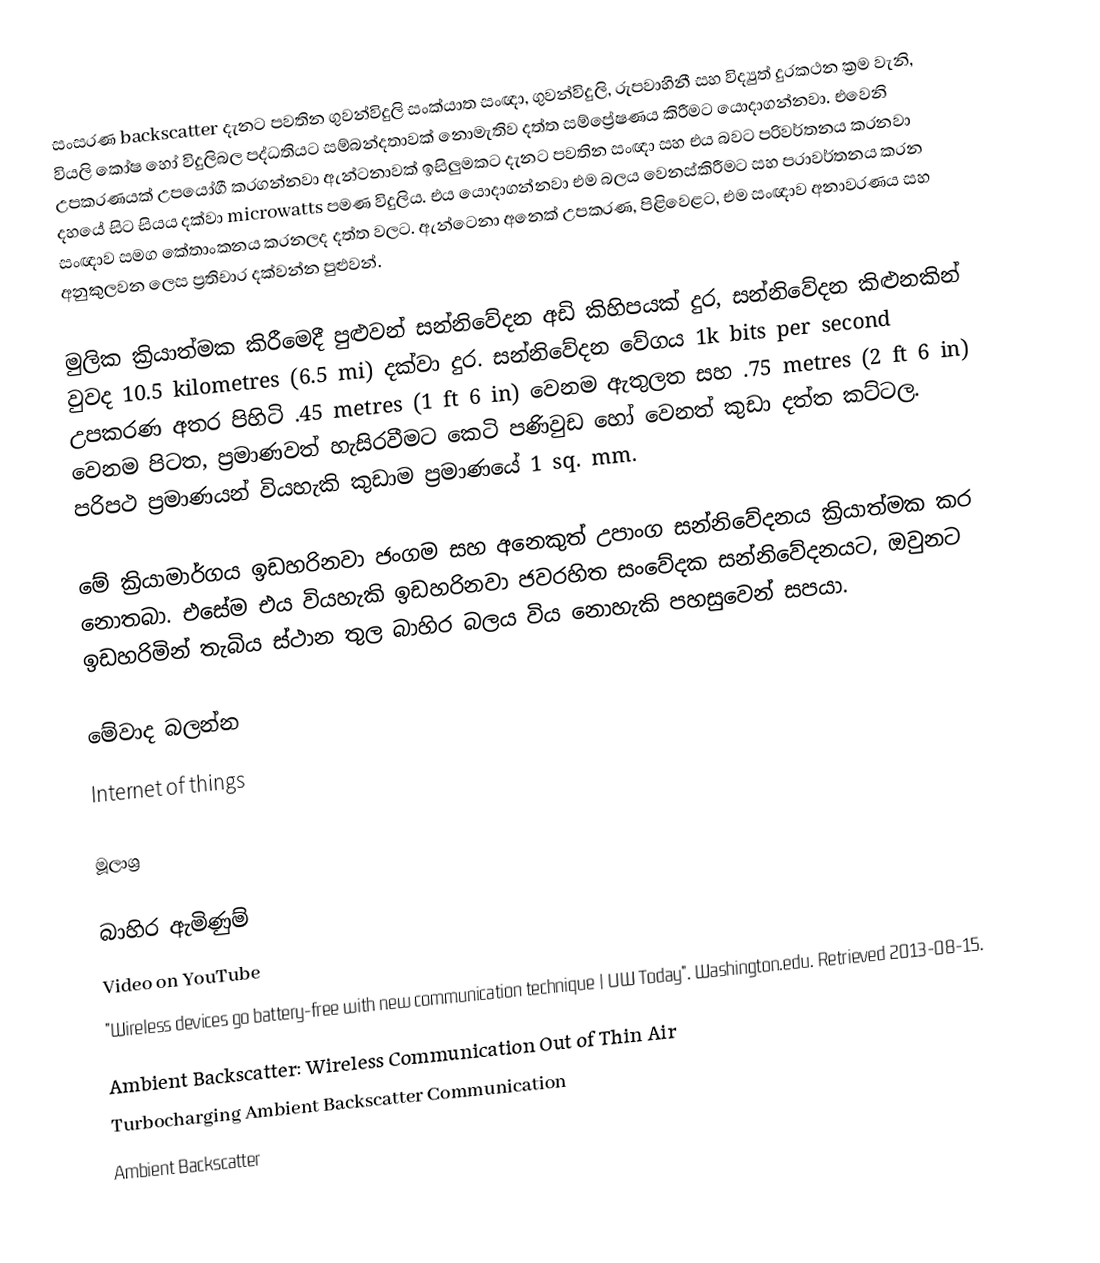
සංසරණ backscatter දැනට පවතින ගුවන්විදුලි සංක්යාත සංඥා, ගුවන්විදුලි, රුපවාහිනී සහ විද්‍යුත් දුරකථන ක්‍රම වැනි, වියලි කෝෂ හෝ විදුලිබල පද්ධතියට සම්බන්දතාවක් නොමැතිව දත්ත සම්ප්‍රේෂණය කිරීමට යොදාගන්නවා. එවෙනි උපකරණයක් උපයෝගී කරගන්නවා ඇන්ටනාවක් ඉසිලුමකට දැනට පවතින සංඥා සහ එය බවට පරිවර්තනය කරනවා දහයේ සිට සියය දක්වා microwatts පමණ විදුලිය. එය යොදාගන්නවා එම බලය වෙනස්කිරීමට සහ පරාවර්තනය කරන සංඥාව සමග කේතාංකනය කරනලද දත්ත වලට. ඇන්ටෙනා අනෙක් උපකරණ, පිළිවෙළට, එම සංඥාව අනාවරණය සහ අනුකුලවන ලෙස ප්‍රතිචාර දක්වන්න පුළුවන්.

මුලික ක්‍රියාත්මක කිරීමෙදී පුළුවන් සන්නිවේදන අඩි කිහිපයක් දුර,  සන්නිවේදන කිළුනකින් වුවද 10.5 kilometres (6.5 mi)  දක්වා දුර. සන්නිවේදන වේගය 1k bits per second උපකරණ අතර පිහිටි .45 metres (1 ft 6 in) වෙනම ඇතුලත සහ .75 metres (2 ft 6 in) වෙනම පිටත, ප්‍රමාණවත් හැසිරවීමට කෙටි පණිවුඩ හෝ වෙනත් කුඩා දත්ත කට්ටල. පරිපථ ප්‍රමාණයන් වියහැකි කුඩාම ප්‍රමාණයේ 1 sq. mm.

මේ ක්‍රියාමාර්ගය ඉඩහරිනවා ජංගම සහ අනෙකුත් උපාංග සන්නිවේදනය ක්‍රියාත්මක කර නොතබා. එසේම එය වියහැකි ඉඩහරිනවා  ජවරහිත සංවේදක සන්නිවේදනයට, ඔවුනට ඉඩහරිමින් තැබිය ස්ථාන තුල බාහිර බලය විය නොහැකි පහසුවෙන් සපයා.

මේවාද බලන්න
 Internet of things

මූලාශ්‍ර

බාහිර ඇමිණුම්
 Video on YouTube
 "Wireless devices go battery-free with new communication technique | UW Today". Washington.edu. Retrieved 2013-08-15. 
 Ambient Backscatter: Wireless Communication Out of Thin Air
 Turbocharging Ambient Backscatter Communication
 Ambient Backscatter